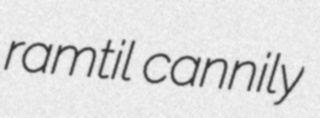
ramtil cannily